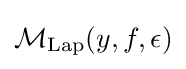
{\mathcal {M}}_{\mathrm {Lap} }(y,f,\epsilon )